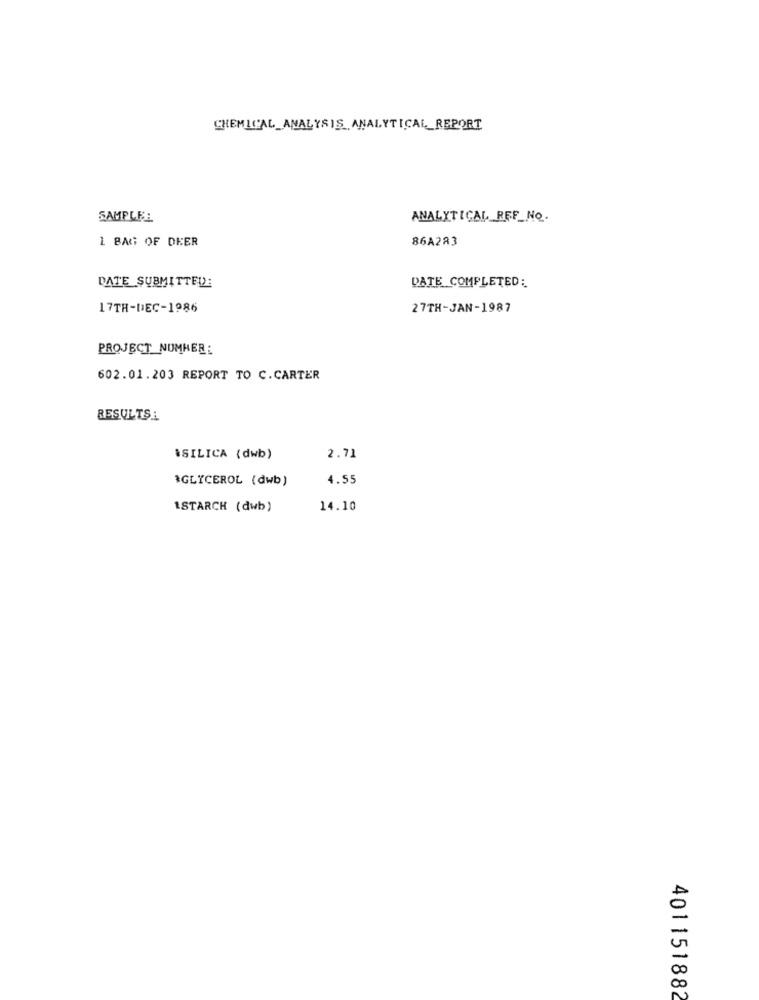
CHEMICAL ANALYSIS ANALYTICAL_REPORT
SAMPLE:
ANALYTICAL REF_NO.
86A283
1 BAG OF DEER
DATE SUBMITTED:
DATE COMPLETED:
17TH-DEC-1986
27TH-JAN-1987
PROJECT_NUMMER :
602.01.203 REPORT TO C.CARTER
RESULTS:
¡SILICA (dwb)
2.71
*GLYCEROL (dwb)
4.55
1STARCH (dwb)
14.10
401151882